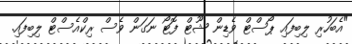
"އެބަހުރި ލިބިފައި ޕޯސްޓް ވެޑިން ޝޫޓް ފޮޓޯ ނަގަން ވެސް ރިކްއެސްޓް ލިބިފައި.